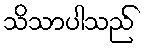
သိသာပါသည်